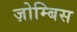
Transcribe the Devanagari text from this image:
ज़ोम्बिस